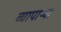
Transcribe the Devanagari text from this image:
व्यापाऱ्या